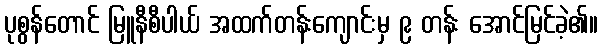
ပုစွန်တောင် မြူနီစီပါယ် အထက်တန်းကျောင်းမှ ၉ တန်း အောင်မြင်ခဲ့၏။